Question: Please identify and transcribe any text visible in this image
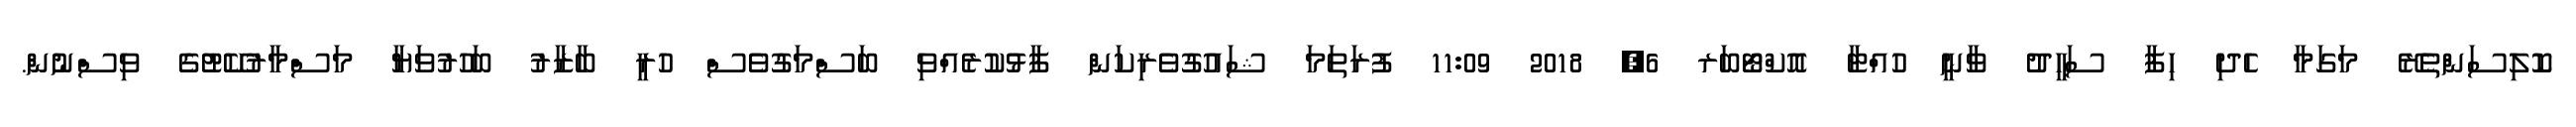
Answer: ކޮލިސަންތެރޭ މަގަމާ ހެދި ހިފާ ސަހީދު ވާނީ ހުއްޓާ އޮކްޓޯބަރ 6, 2018 11:09 ފުރަތަމަ ޝައުގުވެރިކަން ފާޅުކުރެއްވި ބަސްމަގުވެސް ހުރީ ބާޒާރު ބަހުރުވަޔާ މަސްމާރުކޭޓުގެ ވިސްނުން.